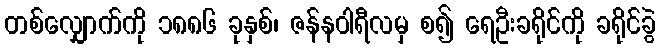
တစ်လျှောက်ကို ၁၈၈၆ ခုနှစ်၊ ဇန်နဝါရီလမှ စ၍ ရေဦးခရိုင်ကို ခရိုင်ခွဲ